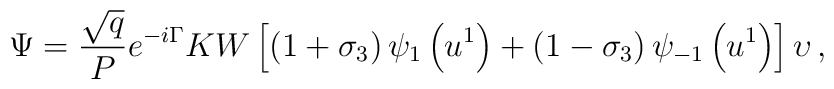
\Psi =\frac{\sqrt{q}}{P}e^{-i\Gamma }KW\left[ \left( 1+\sigma _{3}\right)\psi _{1}\left( u^{1}\right) +\left( 1-\sigma _{3}\right) \psi _{-1}\left(u^{1}\right) \right] \upsilon \,,